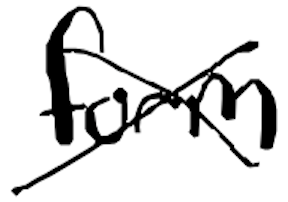
Text: form
Cross-out: cross
Writing tool: digital_black